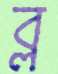
ব্ল